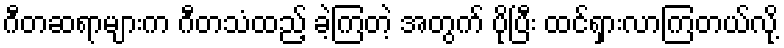
ဂီတဆရာများက ဂီတသံထည့် ခဲ့ကြတဲ့ အတွက် ပိုပြီး ထင်ရှားလာကြတယ်လို့